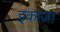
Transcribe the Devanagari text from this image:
इकाज़ा